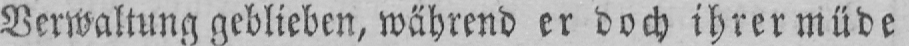
Verwaltung geblieben, während er doch ihrer müde